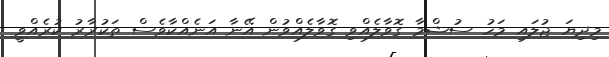
މިދިޔަ ޖުލައި މަހު ސުޝްމާ ގޮވާލެއްވި ގޮވާލެއްވުން އޭނާ އަނެއްކާވެސް ތަކުރާރު ކުރެއްވީ